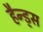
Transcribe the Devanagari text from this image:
हैन्ड्स